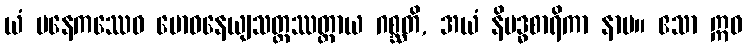
ယံ ပနေကဿေဝ ဗောဓနေယျသတ္တဿတ္ထာယ ဂစ္ဆတိ, အယံ နိဗဒ္ဓစာရိကာ နာမ။ ဧသာ ဣဓ